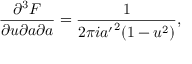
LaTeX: { \frac { \partial ^ { 3 } { \cal F } } { \partial u \partial a \partial a } } = { \frac { 1 } { 2 \pi i { a ^ { \prime } } ^ { 2 } ( 1 - u ^ { 2 } ) } } ,